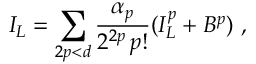
I _ { L } = \sum _ { 2 p < d } \frac { \alpha _ { p } } { 2 ^ { 2 p } \, p ! } ( I _ { L } ^ { p } + B ^ { p } ) \ ,